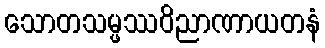
သောတသမ္ဖဿဝိညာဏာယတနံ